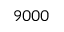
9 0 0 0